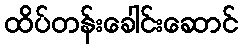
ထိပ်တန်းခေါင်းဆောင်